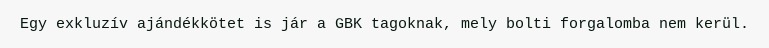
Egy exkluzív ajándékkötet is jár a GBK tagoknak, mely bolti forgalomba nem kerül.